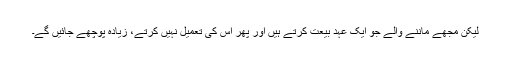
لیکن مجھے ماننے والے جو ایک عہدِ بیعت کرتے ہیں اور پھر اُس کی تعمیل نہیں کرتے، زیادہ پوچھے جائیں گے۔